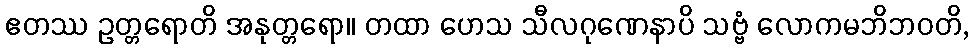
ဧတဿ ဥတ္တရောတိ အနုတ္တရော။ တထာ ဟေသ သီလဂုဏေနာပိ သဗ္ဗံ လောကမဘိဘဝတိ,